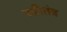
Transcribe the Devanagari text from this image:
स्त्रीतंत्र